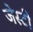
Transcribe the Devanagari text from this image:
जेस्टी